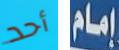
أحد إمام